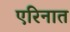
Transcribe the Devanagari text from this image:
एरिनात